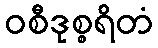
ဝစီဒုစ္စရိတံ